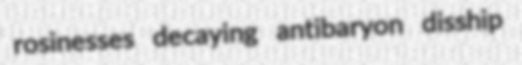
rosinesses decaying antibaryon disship